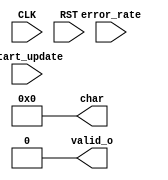

module num2char
  (
   input        CLK,
   input        RST,

   input        start_update,
   input [31:0] error_rate,

   output [7:0] char,
   output       valid_o
   );

   assign char = 8'd0;
   assign valid_o = 1'b0;

endmodule